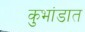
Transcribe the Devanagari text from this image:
कुभांडात